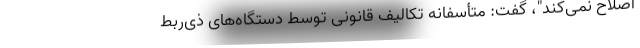
اصلاح نمی‌کند"،‌ گفت: متأسفانه تکالیف قانونی توسط دستگاه‌های ذی‌ربط